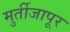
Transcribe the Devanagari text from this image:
मुर्तीजापूर